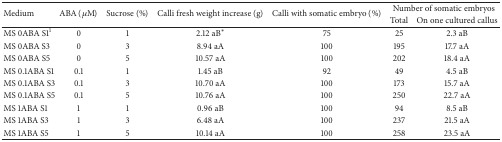
| <ROWSPAN=2> Medium | <ROWSPAN=2> ABA (μM) | <ROWSPAN=2> Sucrose (%) | <ROWSPAN=2> Calli fresh weight increase (g) | <ROWSPAN=2> Calli with somatic embryo (%) | <COLSPAN=2> Number of somatic embryos |
 | Total | On one cultured callus |
 | --- | --- | --- | --- | --- | --- | --- |
 | MS 0ABA S11 | 0 | 1 | 2.12 aB* | 75 | 25 | 2.3 aB |
 | MS 0ABA S3 | 0 | 3 | 8.94 aA | 100 | 195 | 17.7 aA |
 | MS 0ABA S5 | 0 | 5 | 10.57 aA | 100 | 202 | 18.4 aA |
 | MS 0.1ABA S1 | 0.1 | 1 | 1.45 aB | 92 | 49 | 4.5 aB |
 | MS 0.1ABA S3 | 0.1 | 3 | 10.70 aA | 100 | 173 | 15.7 aA |
 | MS 0.1ABA S5 | 0.1 | 5 | 10.76 aA | 100 | 250 | 22.7 aA |
 | MS 1ABA S1 | 1 | 1 | 0.96 aB | 100 | 94 | 8.5 aB |
 | MS 1ABA S3 | 1 | 3 | 6.48 aA | 100 | 237 | 21.5 aA |
 | MS 1ABA S5 | 1 | 5 | 10.14 aA | 100 | 258 | 23.5 aA |